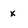
Character: x